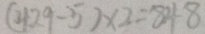
( 4 2 9 - 5 ) \times 2 = 8 4 8